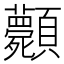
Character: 𩖎